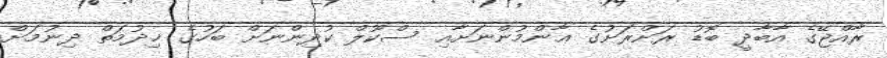
ރާއްޖޭގެ އާބާދީ ބޮޑު ރަށްރަށުގެ ޢާންމުންނަށާއި ސްކޫލް ކުދިންނަށް ބަހުގެ ޚިދުމަތް ދިނުމަށް